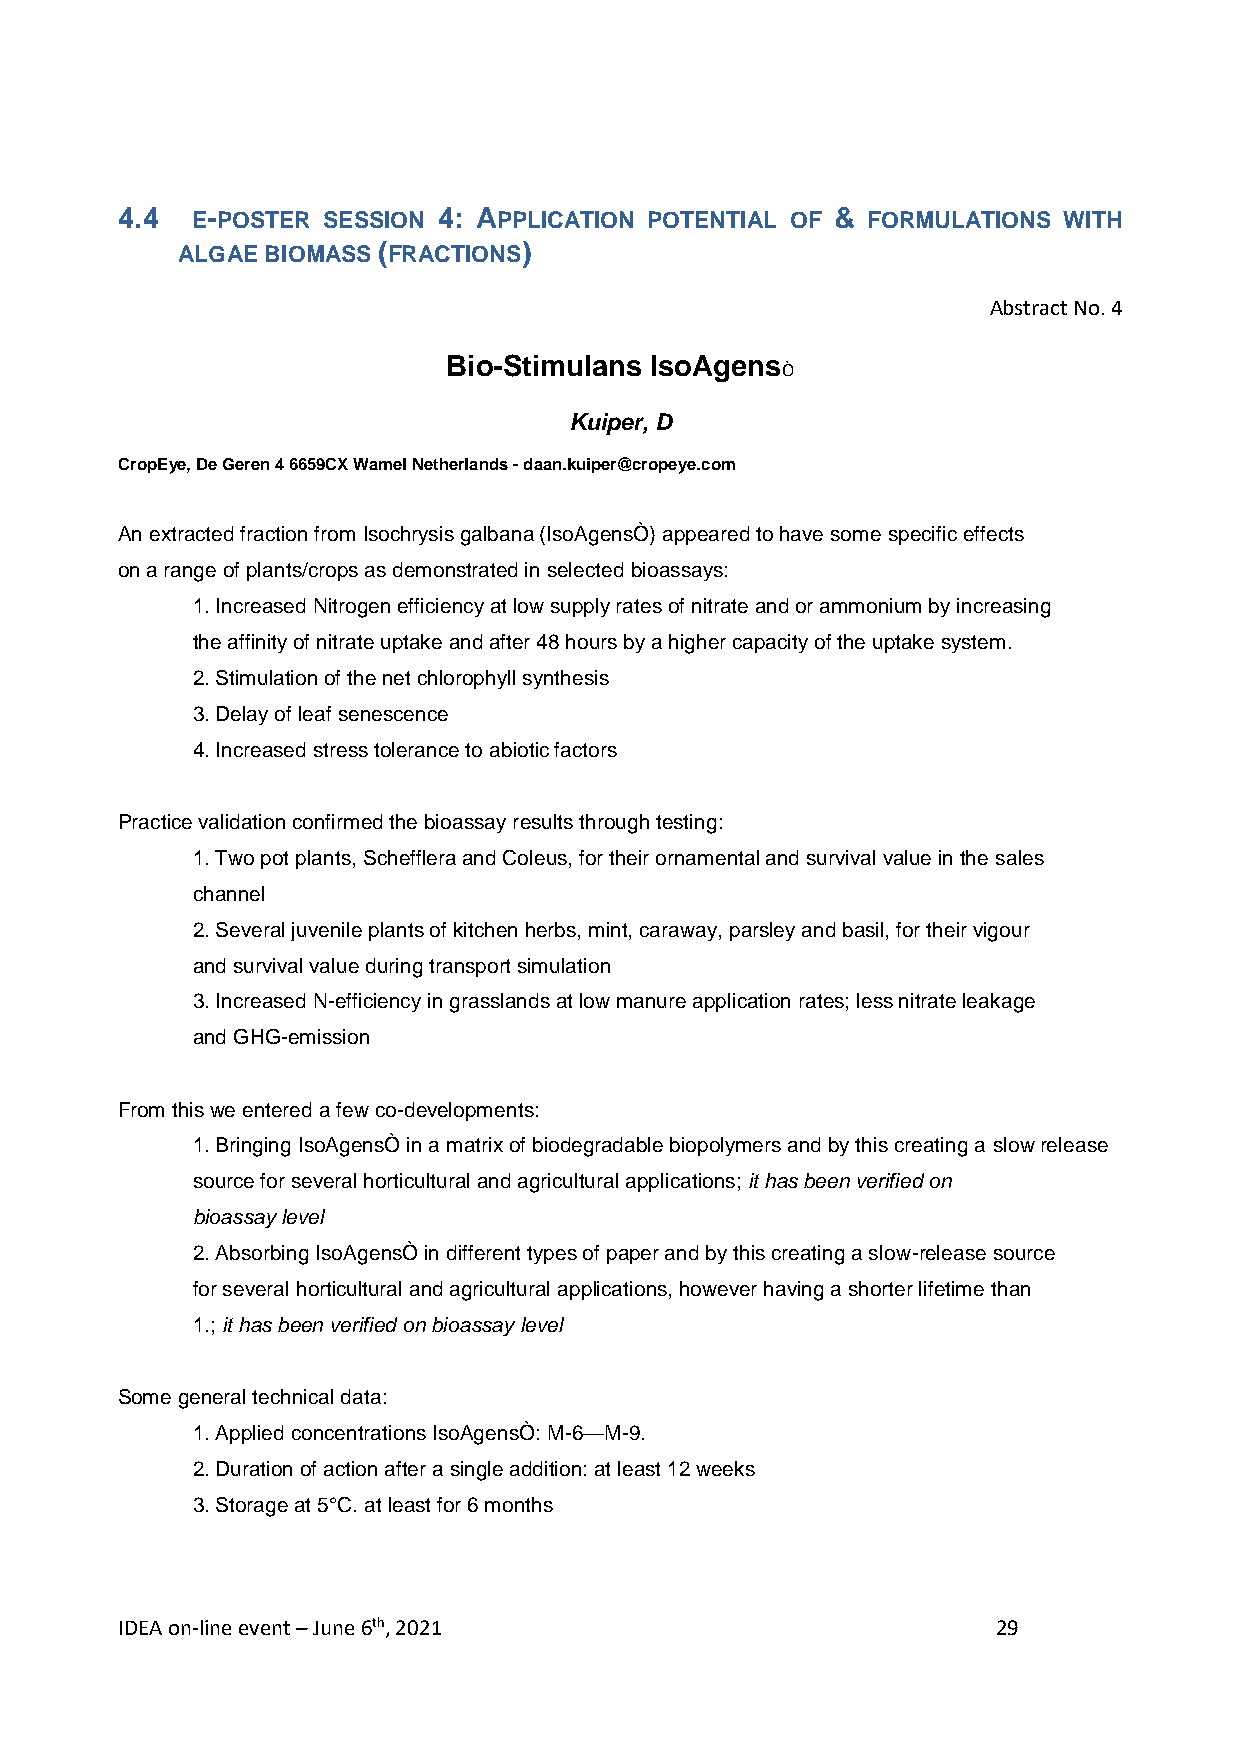
4.4  E-POSTER SESSION 4: APPLICATION POTENTIAL OF & FORMULATIONS WITH
 ALGAE BIOMASS (FRACTIONS)
 Abstract No. 4
 Bio-Stimulans IsoAgens
 Ò
 Kuiper, D
 CropEye, De Geren 4 6659CX Wamel Netherlands - daan.kuiper@cropeye.com
 An extracted fraction from Isochrysis galbana (IsoAgensÒ) appeared to have some specific effects
 on a range of plants/crops as demonstrated in selected bioassays:
 1. Increased Nitrogen efficiency at low supply rates of nitrate and or ammonium by increasing
 the affinity of nitrate uptake and after 48 hours by a higher capacity of the uptake system.
 2. Stimulation of the net chlorophyll synthesis
 3. Delay of leaf senescence
 4. Increased stress tolerance to abiotic factors
 Practice validation confirmed the bioassay results through testing:
 1. Two pot plants, Schefflera and Coleus, for their ornamental and survival value in the sales
 channel
 2. Several juvenile plants of kitchen herbs, mint, caraway, parsley and basil, for their vigour
 and survival value during transport simulation
 3. Increased N-efficiency in grasslands at low manure application rates; less nitrate leakage
 and GHG-emission
 From this we entered a few co-developments:
 1. Bringing IsoAgensÒ in a matrix of biodegradable biopolymers and by this creating a slow release
 source for several horticultural and agricultural applications; it has been verified on
 bioassay level
 2. Absorbing IsoAgensÒ in different types of paper and by this creating a slow-release source
 for several horticultural and agricultural applications, however having a shorter lifetime than
 1.; it has been verified on bioassay level
 Some general technical data:
 1. Applied concentrations IsoAgensÒ: M-6—M-9.
 2. Duration of action after a single addition: at least 12 weeks
 3. Storage at 5°C. at least for 6 months
 IDEA on-line event – June 6th, 2021                       29